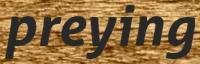
preying